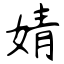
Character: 婧